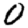
Digit: 0